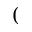
(